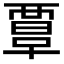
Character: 𧟹